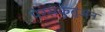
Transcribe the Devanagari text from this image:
पेरसेकुतुअन